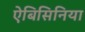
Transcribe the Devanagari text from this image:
ऐबिसिनिया